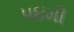
૫૪મી